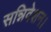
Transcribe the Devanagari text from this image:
सन्निवेशन।